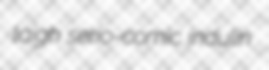
laigh serio-comic indulin